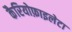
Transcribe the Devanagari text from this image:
कैरियोफ़ाइलेटा